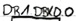
Text: DB1.DBX0.0